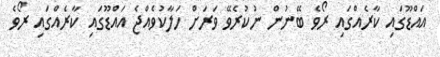
އައްޑޫގައި ކާރެއްގައި ރޯވެ ބޭނުން ނުކުރެވޭ ވަރަށް ހަލާކުވެއްޖެ އައްޑޫގައި ކާރެއްގައި ރޯވެ